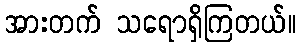
အားတက် သရောရှိကြတယ်။